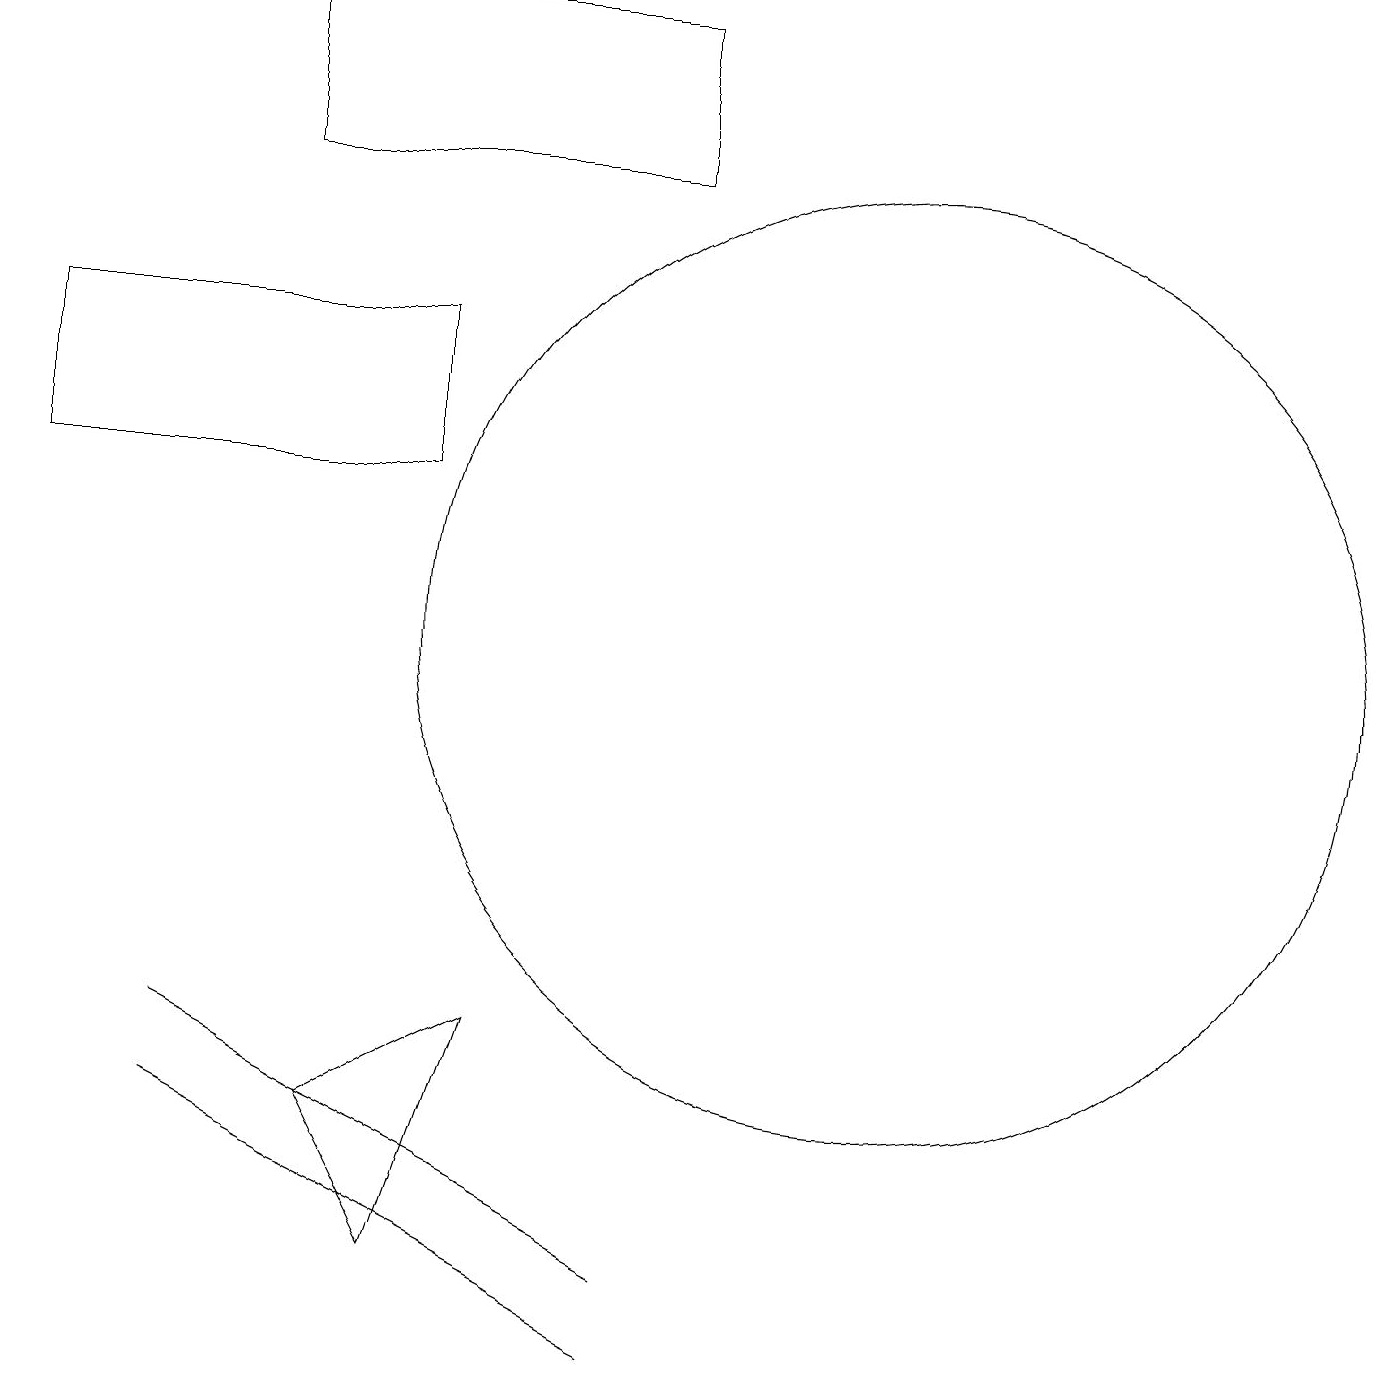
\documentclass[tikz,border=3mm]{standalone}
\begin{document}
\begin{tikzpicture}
\draw (8,2) -- (4,4) -- (2,5) -- cycle;
\draw (5,3) -- (4,5) -- (6,6) -- cycle;
\draw (11,11) circle (6);
\draw (2,6) -- (8,3) -- (2,6) -- cycle;
\draw (3,17) rectangle (8,19);
\draw (0,15) rectangle (5,13);
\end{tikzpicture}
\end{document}